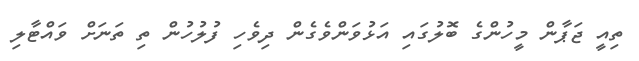
ތިއީ ޖަޕާން މީހުންގެ ބޮލުގައި އަޅުވަންވެގެން ދިވެހި ފުލުހުން ތި ތަނަށް ވައްޓާލި